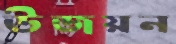
উজয়ন